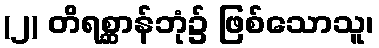
(၂) တိရစ္ဆာန်ဘုံ၌ ဖြစ်သောသူ၊